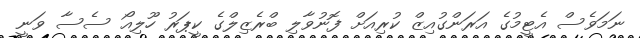
ނަމަވެސް އެޓީމުގެ އަރަންގުއިޒް ކުރިއަށް ފޮނުވާލި ބްރެޒިލްގެ ކީޕަރު ހޫލިއޯ ސެސާ ވަނީ